Annual report of the Punjab Veterinary College and of the Civil Veterinary Department, Punjab - 1909-1919
Year: 1909
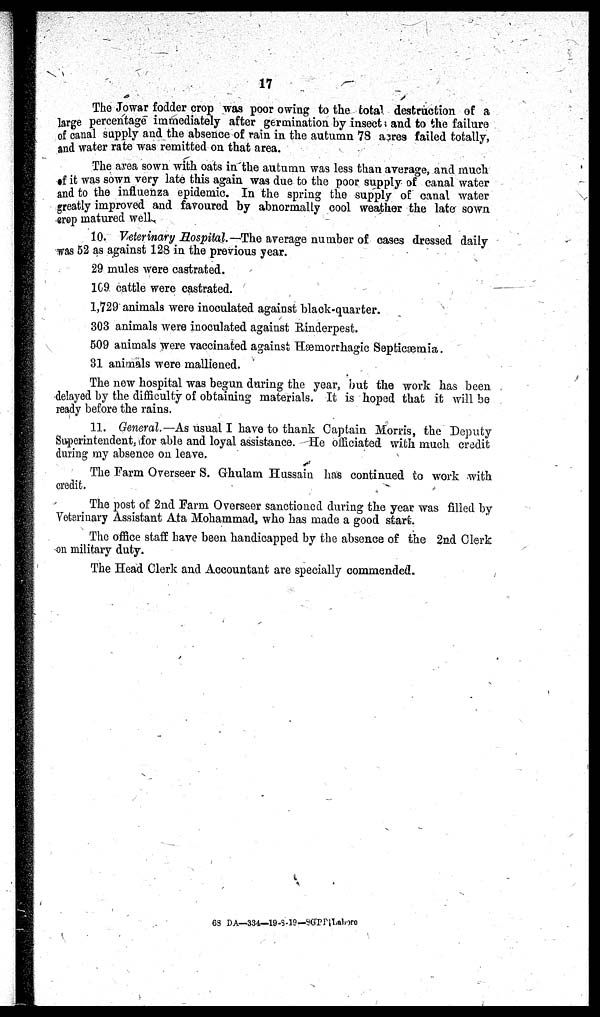
17
The Jowar fodder crop was poor owing to the total destruction of a
large percentage immediately after germination by insects and to the failure
of canal supply and the absence of rain in the autumn 78 acres failed totally,
and water rate was remitted on that area.
The area sown with oats in the autumn was less than average, and much
of it was sown very late this again was due to the poor supply of canal water
and to the influenza epidemic. In the spring the supply of canal water
greatly improved and favoured by abnormally cool weather the late sown
erop matured well.
10.Veterinary Hospital.—The average number of cases dressed daily
was 52 as against 128 in the previous year.
29 mules were castrated.
169 cattle were castrated.
1,729 animals were inoculated against black-quarter.
303 animals were inoculated against Rinderpest.
509 animals were vaccinated against Hæmorrhagic Septicæmia.
31 animals were malliened.
The new hospital was begun during the year, but the work has been
delayed by the difficulty of obtaining materials. It is hoped that it will be
ready before the rains.
11. General.—As usual I have to thank Captain Morris, the Deputy
Superintendent, for able and loyal assistance. He officiated with much credit
during my absence on leave.
The Farm Overseer S. Ghulam Hussain has continued to work with
credit.
The post of 2nd Farm Overseer sanctioned during the year was filled by
Veterinary Assistant Ata Mohammad, who has made a good start.
The office staff have been handicapped by the absence of the 2nd Clerk
on military duty.
The Head Clerk and Accountant are specially commended.
68 DA—334—19-8-19—8GPP|Lahore